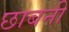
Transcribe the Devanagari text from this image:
छाबनी